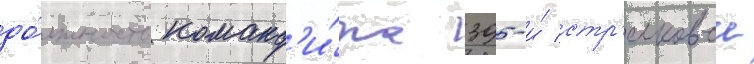
до́лжность команд'и́ра 395-и́ стр'елковои